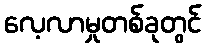
လေ့လာမှုတစ်ခုတွင်